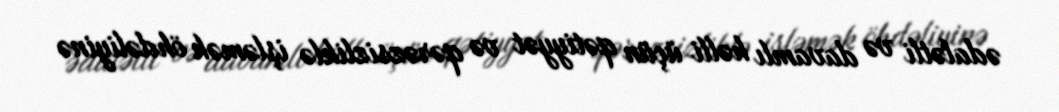
ədalətli və davamlı həlli üçün qətiyyət və qərəzsizliklə işləmək öhdəliyinə